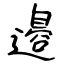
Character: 邉